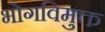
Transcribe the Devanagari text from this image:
भोगविमुक्त